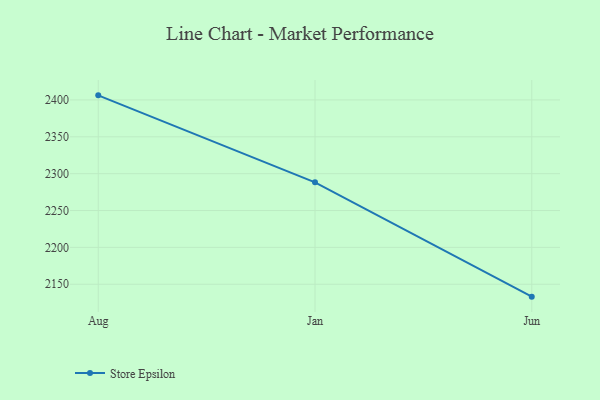
{"axis": {"x": "Month", "y": "Waste Production (Tons)"}, "legend": ["Store Epsilon"], "data": [{"x": "Aug", "y": 2406.2, "type": "Store Epsilon"}, {"x": "Jan", "y": 2288.3, "type": "Store Epsilon"}, {"x": "Jun", "y": 2133.2, "type": "Store Epsilon"}]}